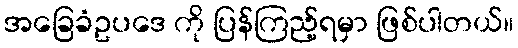
အခြေခံဥပဒေ ကို ပြန်ကြည့်ရမှာ ဖြစ်ပါတယ်။